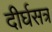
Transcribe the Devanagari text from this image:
दीर्घसत्र